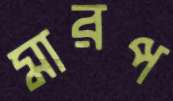
মারপ